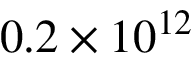
0 . 2 \times 1 0 ^ { 1 2 }